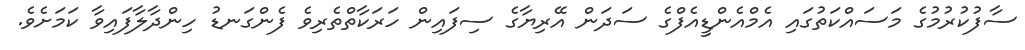
ސާފުކުރުމުގެ މަސައްކަތުގައި އެމްއެންޑީއެފްގެ ސަދަން އޭރިޔާގެ ސިފައިން ހަރަކާތްތެރިވެ ފެންގަނޑު ހިންދާލާފައިވާ ކަމަށެވެ.